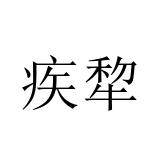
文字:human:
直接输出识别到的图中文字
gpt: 疾犂